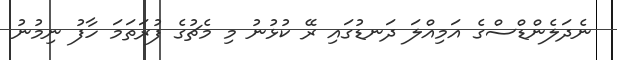
ނެދަލެންޑްސްގެ އަމިއްލަ ދަނޑުގައި ރޭ ކުޅުނު މި މެޗުގެ ފުރަތަމަ ހާފު ނިމުނު